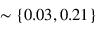
\sim \{ 0 . 0 3 , 0 . 2 1 \}